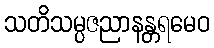
သတိသမ္ပဇညာနန္တရမေဝ